Indian Medical Review
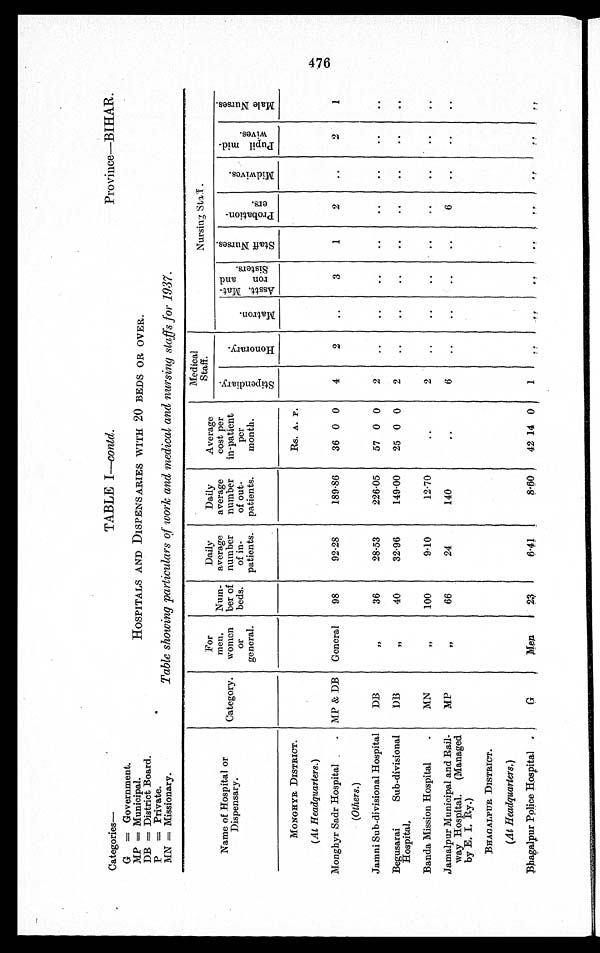
Categories—
G = Government.
MP = Municipal.
DB = District Board.
P = Private.
MN Missionary.
TABLE I—contd.
Province—BIHAR.
HOSPITALS AND DISPENSARIES WITH 20 BEDS OR OVER.
Table showing particulars of work and medical and nursing staffs for 1937.
Name of Hospital or
Di s pens ar y.
Category.
For
men,
women
o r
general.
Num-
ber of
beds.
Daily
average
number
of in-
patients.
Daily
average
number
of out-
patients.
Average
cost per
in-patient
per
month.
Medical
St a f f .
N u r s i n g S t a f f .
S t i p e n d i a r y .
H o n o r a r y .
M a t r o n .
A s s t t . M a t - r o n S i s t e r s .
S t a f f N i r s s e s .
P r o b a t i o n - e r s .
M i f e i b e d .
P u p i l m i d - w i v e s .
M a l e N u r s e s .
MONGHYR DISTRICT.
Rs. A.. P.
(At Headquarters.)
Monghyr Sadr Hospital . . MP & DB
General
98
92.28
189.86
36 0 0
4
2
. .
3
1
2
. .
2
1
(Others.)
DB
”
36
28.53
226.05
57 0 0
2
. .
..
..
..
..
..
..
..
Jamni Sub–divisional Hospital
Begusarai
Sub-divisional
Hospital’
D B
”
40
32.96
149.00
25 0 0
2
..
. .
..
..
..
. .
. .
. .
Banda Mission Hospital
.
MN
” 100
9.10
12.70
. .
2
..
. .
. .
. .
. .
..
. .
. .
Jamalpur Municipal and Rail-
way Hospital.
(Managed
by E. I. Ry.)
MP
”
66
24
140
. .
6
. .
..
..
..
6
..
. .
. .
BHAGALPUR DISTRICT.
G
M e n
2 3
6 . 4 1
8 . 6 0
4 2 1 4 0
1
. .
. .
. .
..
. .
. .
. .
. .
(At Headquarters.)
Bhagalpur Police Hospital .